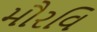
મૌરવિ